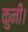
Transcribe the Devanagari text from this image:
कुनी।